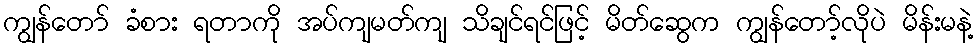
ကျွန်တော် ခံစား ရတာကို အပ်ကျမတ်ကျ သိချင်ရင်ဖြင့် မိတ်ဆွေက ကျွန်တော့်လိုပဲ မိန်းမနဲ့